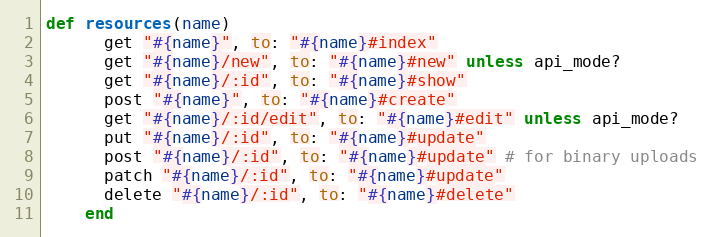
Language: Ruby
def resources(name)
      get "#{name}", to: "#{name}#index"
      get "#{name}/new", to: "#{name}#new" unless api_mode?
      get "#{name}/:id", to: "#{name}#show"
      post "#{name}", to: "#{name}#create"
      get "#{name}/:id/edit", to: "#{name}#edit" unless api_mode?
      put "#{name}/:id", to: "#{name}#update"
      post "#{name}/:id", to: "#{name}#update" # for binary uploads
      patch "#{name}/:id", to: "#{name}#update"
      delete "#{name}/:id", to: "#{name}#delete"
    end